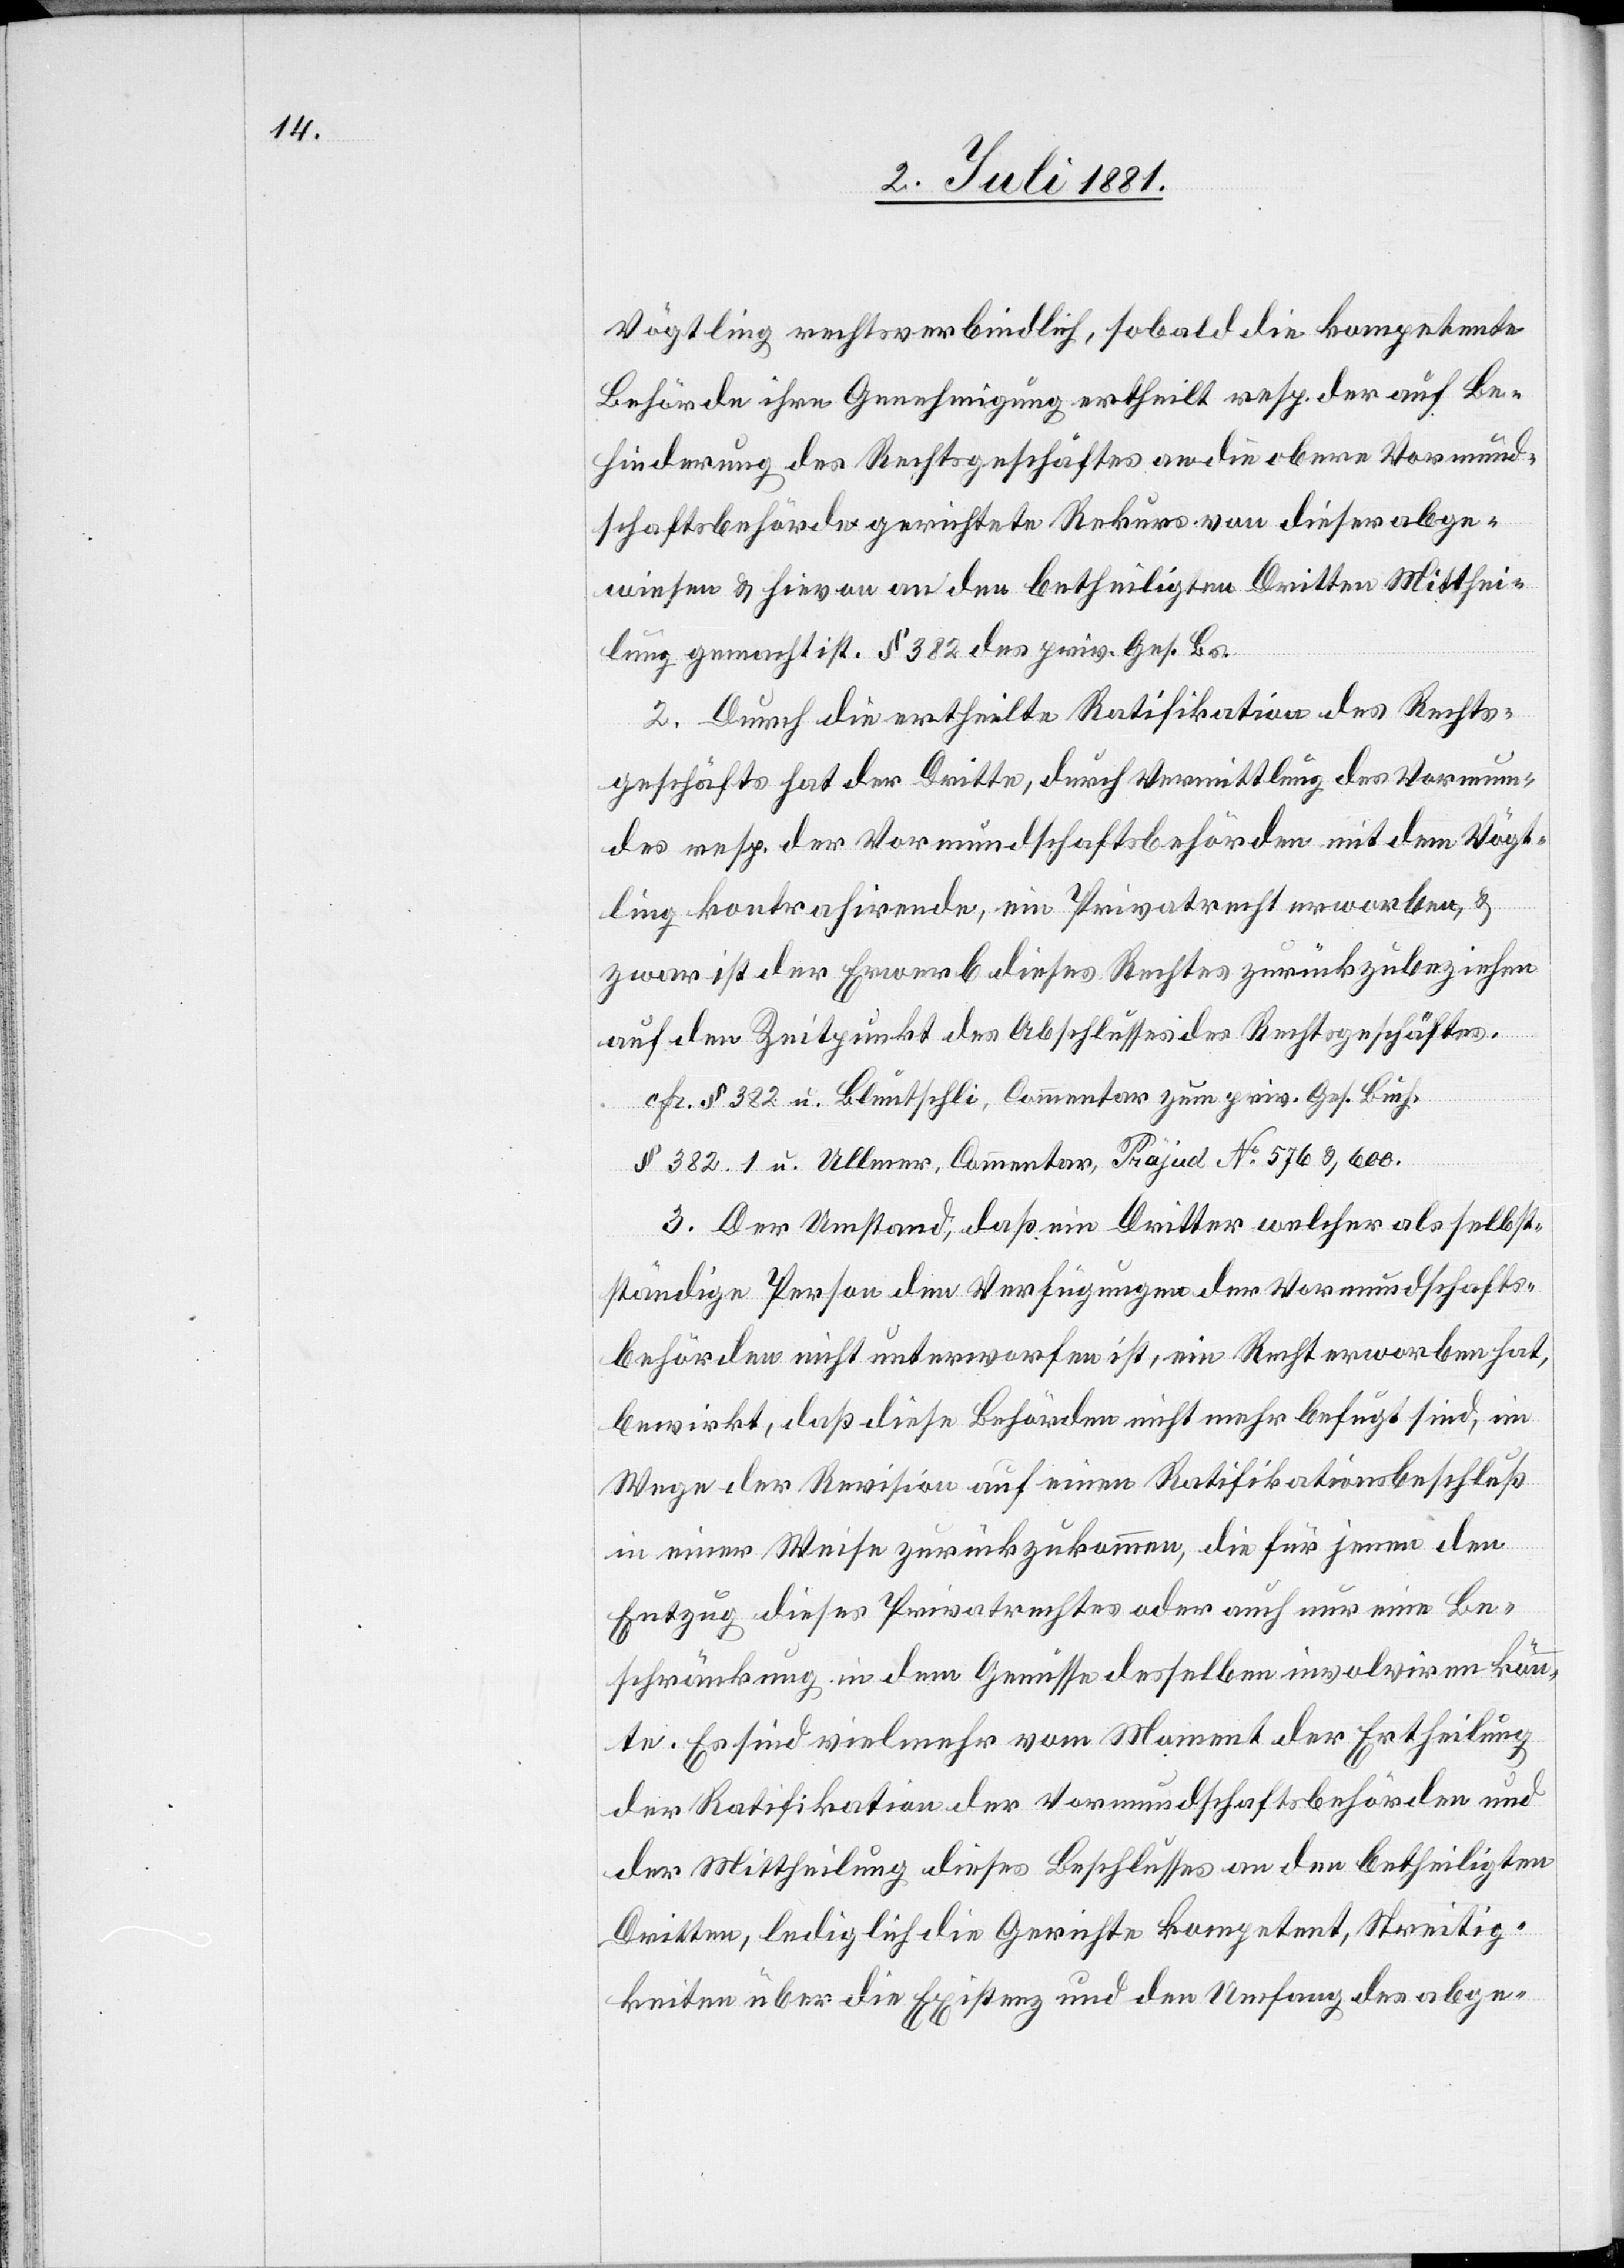
Vögtling rechtsverbindlich, sobald die kompetente
Behörde ihre Genehmigung ertheilt resp. der auf Be¬
hinderung des Rechtsgeschäftes an die obere Vormund¬
schaftsbehörde gerichtete Rekurs von dieser abge¬
wiesen & hievon an den betheiligten Dritten Mitthei¬
lung gemacht ist. § 382 des priv. Ges. Bs.
2. Durch die ertheilte Ratifikation des Rechts¬
geschäfts hat der Dritte, durch Vermittlung des Vormun¬
des resp. der Vormundschaftsbehörden mit dem Vögt¬
ling kontrahirende, ein Privatrecht erworben, &
zwar ist der Erwerb dieses Rechtes zurückzubeziehen
auf den Zeitpunkt des Abschlusses des Rechtsgeschäftes.
cfr. § 382 u. Blüntschli, Commentar zum priv. Ges. Buch.
§ 382.1 u. Ullmer, Commentar, Präjud No 576 & 600.
3. Der Umstand, daß ein Dritter welcher als selbst¬
ständige Person den Verfügungen der Vormundschafts¬
behörden nicht unterworfen ist, ein Recht erworben hat,
bewirkt, daß diese Behörden nicht mehr befugt sind, im
Wege der Revision auf einen Ratifikationsbeschluß
in einer Weise zurückzukommen, die für jenen den
Entzug dieses Privatrechtes oder auch nur eine Be¬
schränkung in dem Genusse desselben involviren könn¬
te. Es sind vielmehr vom Moment der Ertheilung
der Ratifikation der Vormundschaftsbehörden und
der Mittheilung dieses Beschlusses an den betheiligten
Dritten, lediglich die Gerichte kompetent, Streitig¬
keiten über die Existenz und den Umfang des abge-